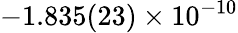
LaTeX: -1.835(23)\times 10^{-10}